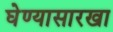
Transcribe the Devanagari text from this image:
घेण्यासारखा